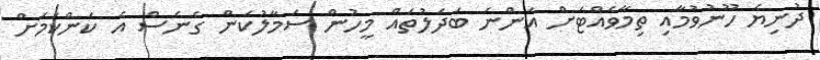
ދުނިޔެ ހޫނުވުމާއި ތިމާވެއްޓަށް އަންނަ ބަދަލުތައް މީހުން ސަމާލުކަން ގެނެސް އެ ކަންކަމަށް